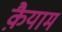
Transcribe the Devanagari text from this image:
क़ैयाम